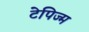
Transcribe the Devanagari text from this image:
टेपिज्म